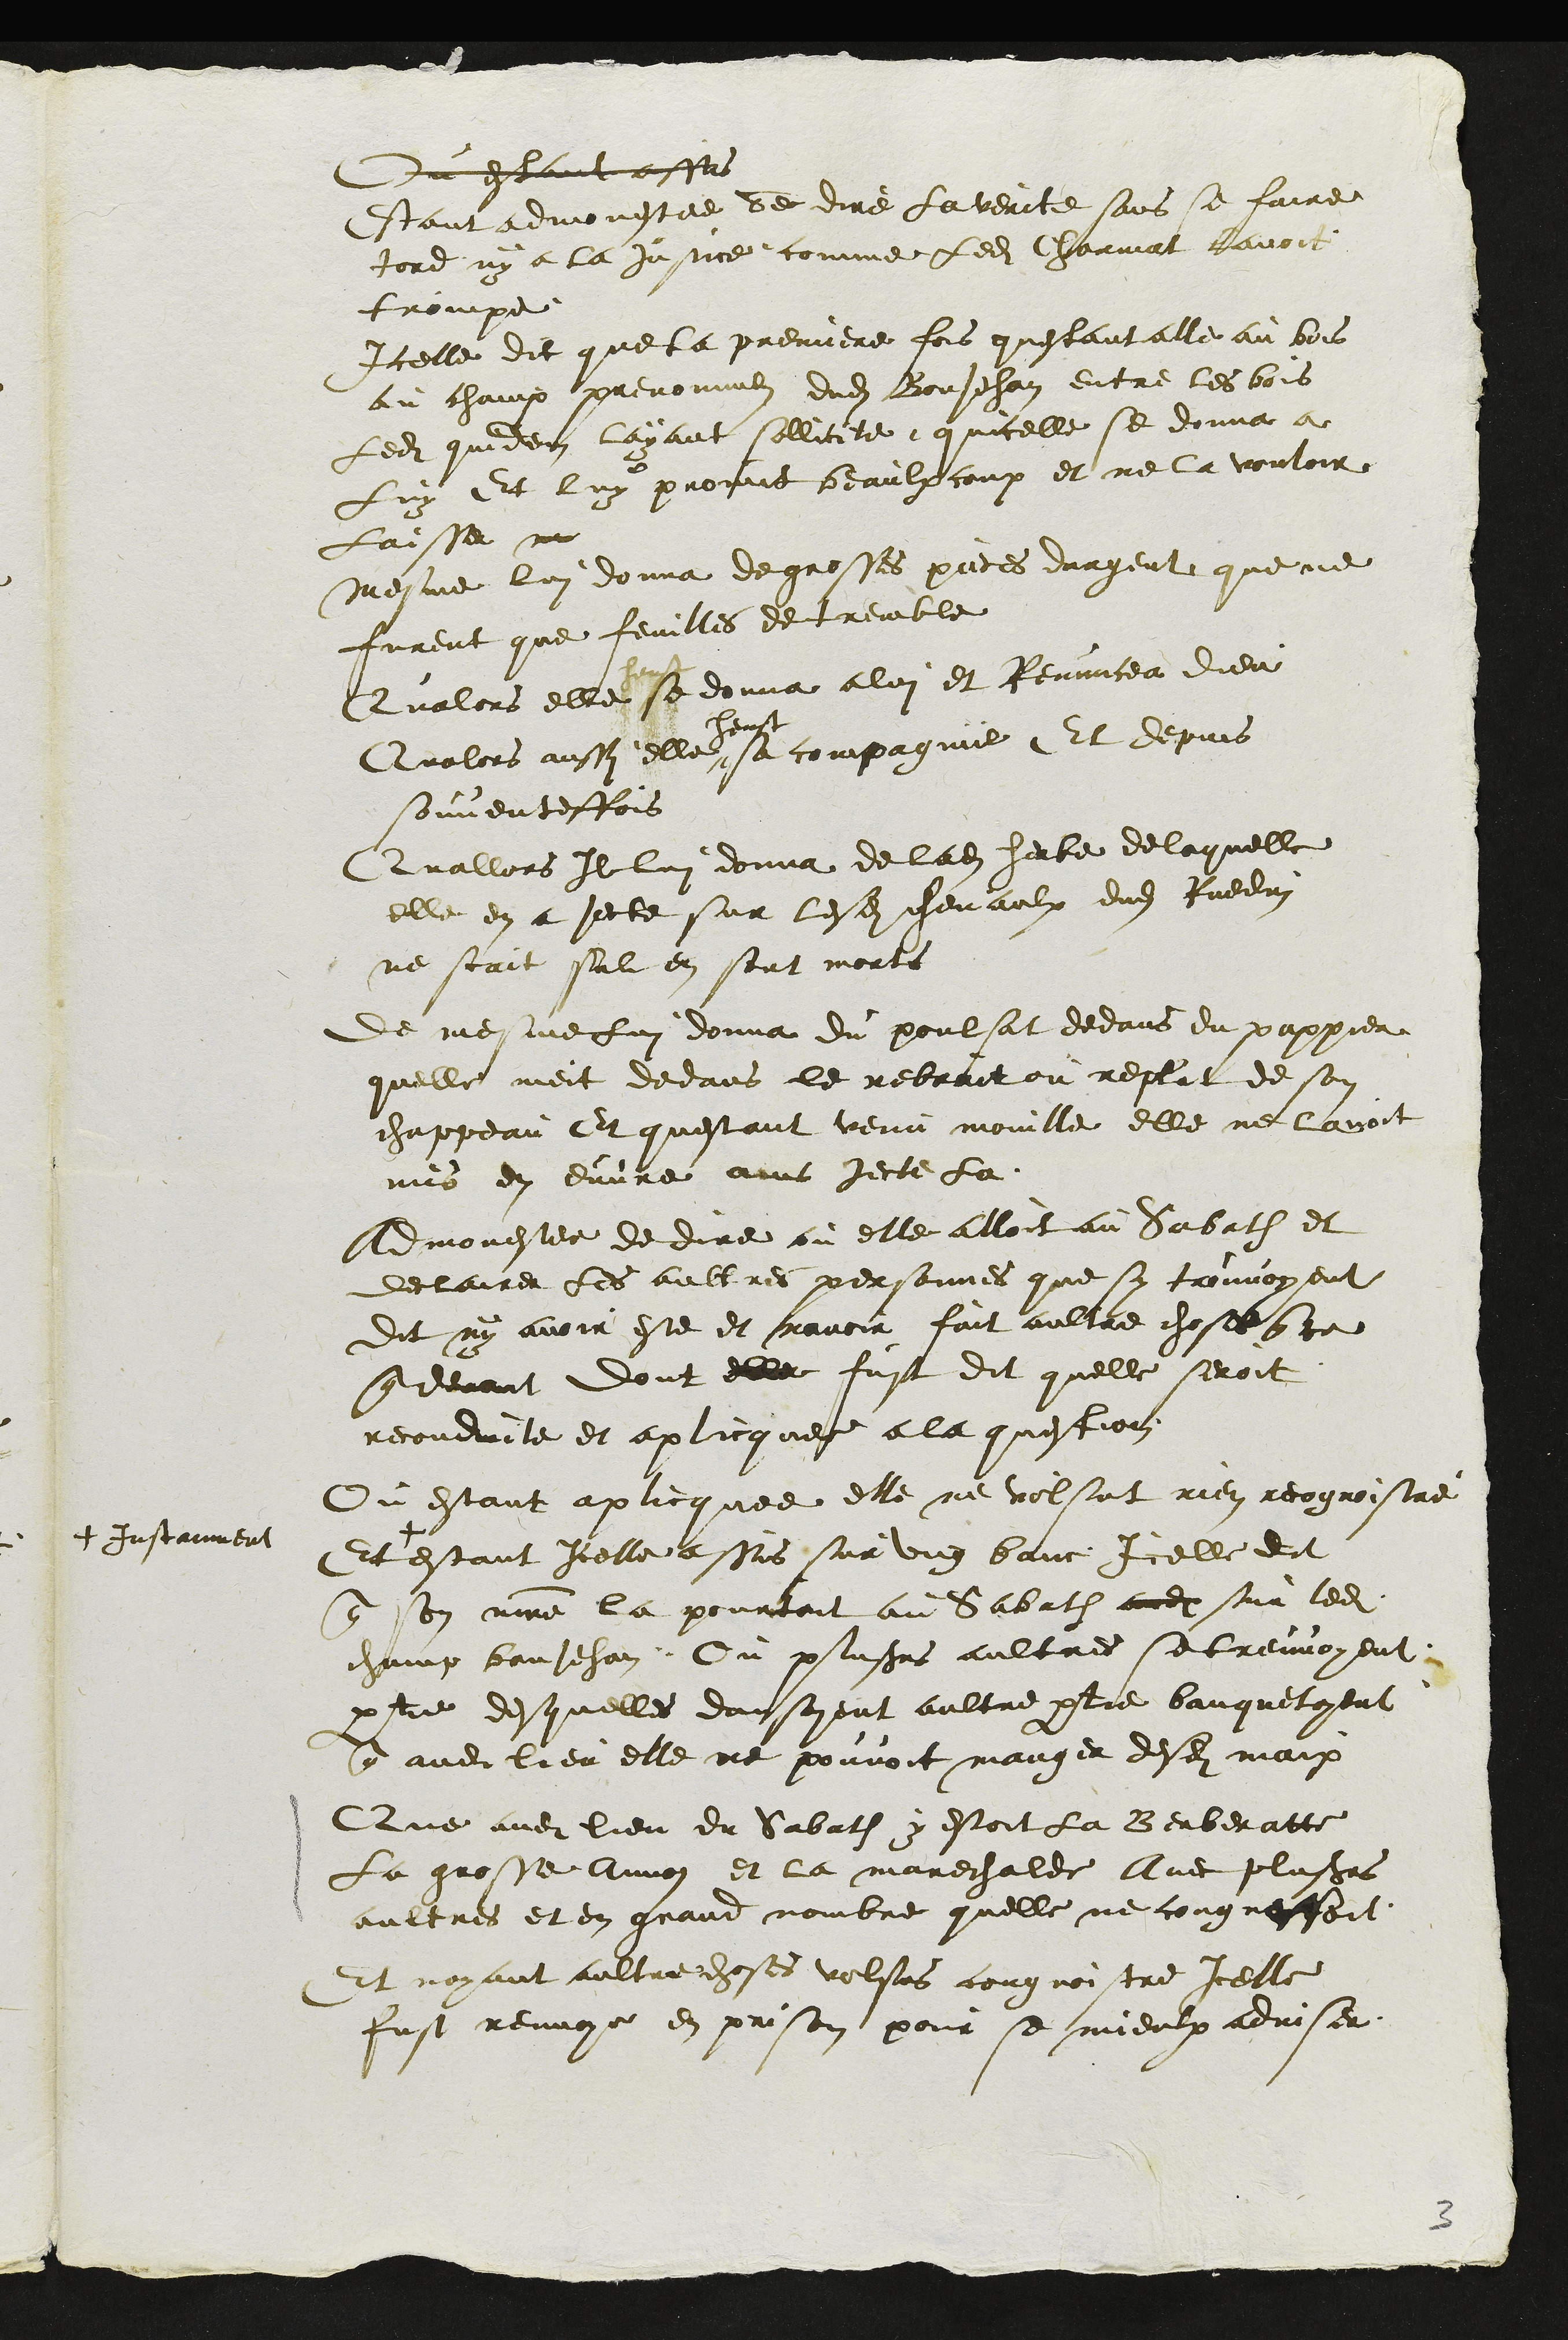
Ou estant asses
Estant admonestee de dire la verite sans se faire
tord ny a la justice comme ledit Charmat lavoit
trompe
Icelle dit que la premiere fois questant alle au bois
au chaux prenommes dudit BonJehan entre les bois
Ledit quidem layant sollicite quicelle se donna a
Luy Et luy promit beaulxcoup et ne la vouloir
laisser ne
mesme lui donna de grosses pieces dargent que ne
furent que feuilles de tremble
Qualors elle se donna a lui et Renuncea dieu
Qualors aussy elle
heust
sa compagnie Et depuis
souventesfois
Quallors Il lui donna de ladite herbe de laquelle
elle en a jecte sur lesdits chevaulx dudit Ruedin
ne scait sil en sont morts
de mesme lui donna du poulsat dedans du pappier
quelle meit dedans le rebrait ou replit de son
chappeau Et questant venu mouille elle ne lavoit
mis en euvre ains jecte la
Admonestee de dire ou elle alloit au Sabath et
declairer les aultres personnes que sy trouvoyent
Dit ny avoir este et navoir fait aultre choses que ce
que devant dont elle fust dit quelle seroit
reconduite et aplicquee a la question
Ou estant aplicquee elle ne volsut rien recognoistre
Et +
+ Instanment
estant Icelle assis sur ung banc Icelle dit
que son maitre la pourtoit au Sabath audit sur ledit
champ BonJehan Ou plusieurs aultres se treuvoyent
partie desquelles dansoyent aultre partie banquetoyent
que audit lieu elle ne pouvoit manger desdits maix
Que audit lieu du Sabath y estoit la Berberatte
La grosse Annoz et la marechalde Avec plusieurs
aultres et en grand nombre quelle ne congnossoit
Et nayant aultre choses volsus cougnoistre Icelle
fust renvoye en prison pour se mieulx adviser